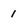
Character: 1